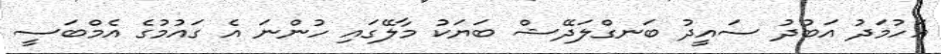
އަހުމަދު އަބުދު ސައީދު ބަނގްލަދޭޝް ބަޔަކު މާލޭގައި ހުންނަ އެ ގައުމުގެ އެމްބަސީ